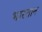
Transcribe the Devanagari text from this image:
भारतान